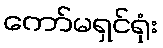
ကော်မရှင်ရုံး